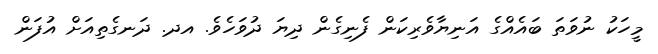
މީހަކު ނުވަތަ ބައެއްގެ އަނިޔާވެރިކަން ފެނިގެން ދިޔަ ދުވަހެވެ. އދ. ދަނގެތިއަށް އުފަން